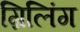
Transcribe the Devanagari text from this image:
ग्रिलिंग